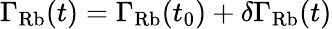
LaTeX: \Gamma_{\mathrm{Rb}}(t)=\Gamma_{\mathrm{Rb}}(t_{0})+\delta\Gamma_{\mathrm{Rb}}(t)